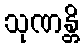
သုဏန္တိ